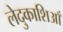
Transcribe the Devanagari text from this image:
लेदुकाशिआँ